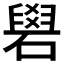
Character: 𥕭